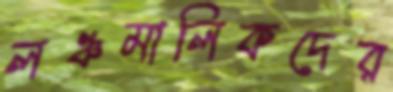
লঞ্চমালিকদের